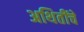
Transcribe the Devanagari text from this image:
अथितींचे